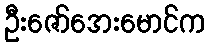
ဦးဇော်အေးမောင်က